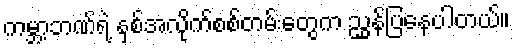
ကမ္ဘာ့ဘဏ်ရဲ့ နှစ်အလိုက်စစ်တမ်းတွေက ညွှန်ပြနေပါတယ်။